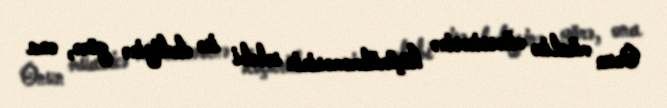
Onun müalicə müəssisəsinə köçürülməməsinin səbəbi isə dediyinə görə, ona